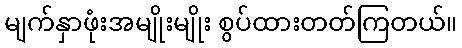
မျက်နှာဖုံးအမျိုးမျိုး စွပ်ထားတတ်ကြတယ်။